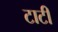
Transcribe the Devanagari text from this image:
टाटी